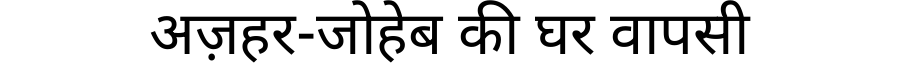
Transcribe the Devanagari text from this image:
अज़हर-जोहेब की घर वापसी